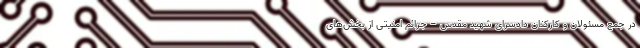
در جمع مسئولان و کارکنان دادسرای شهید مقدس – جرائم امنیتی از بخش‌های